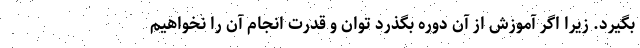
بگیرد. زیرا اگر آموزش از آن دوره بگذرد توان و قدرت انجام آن را نخواهیم